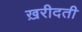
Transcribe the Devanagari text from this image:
ख़रीदती